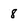
Character: 8